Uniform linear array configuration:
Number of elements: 64
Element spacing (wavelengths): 0.25
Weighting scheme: hann
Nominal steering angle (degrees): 45
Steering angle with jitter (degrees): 43.878
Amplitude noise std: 0.05
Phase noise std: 0.05

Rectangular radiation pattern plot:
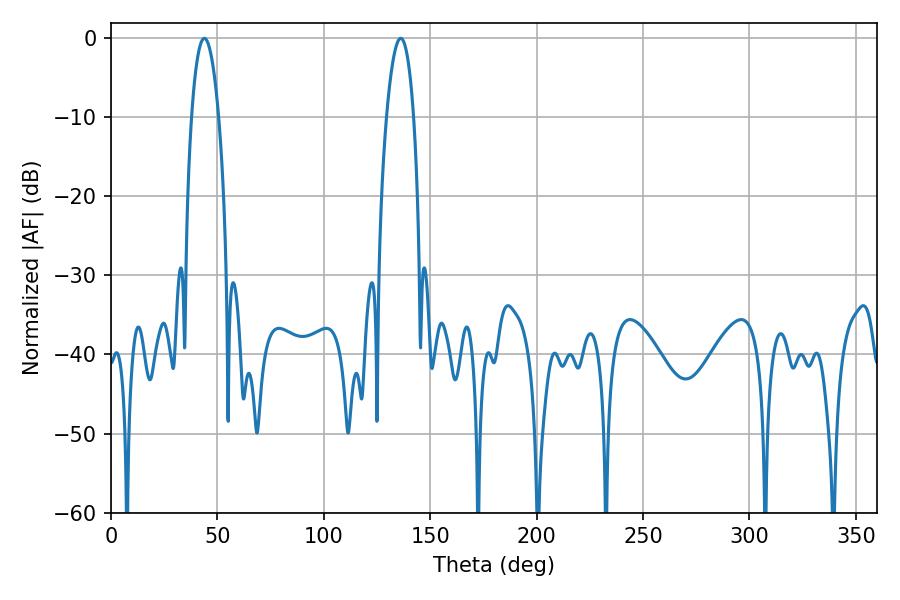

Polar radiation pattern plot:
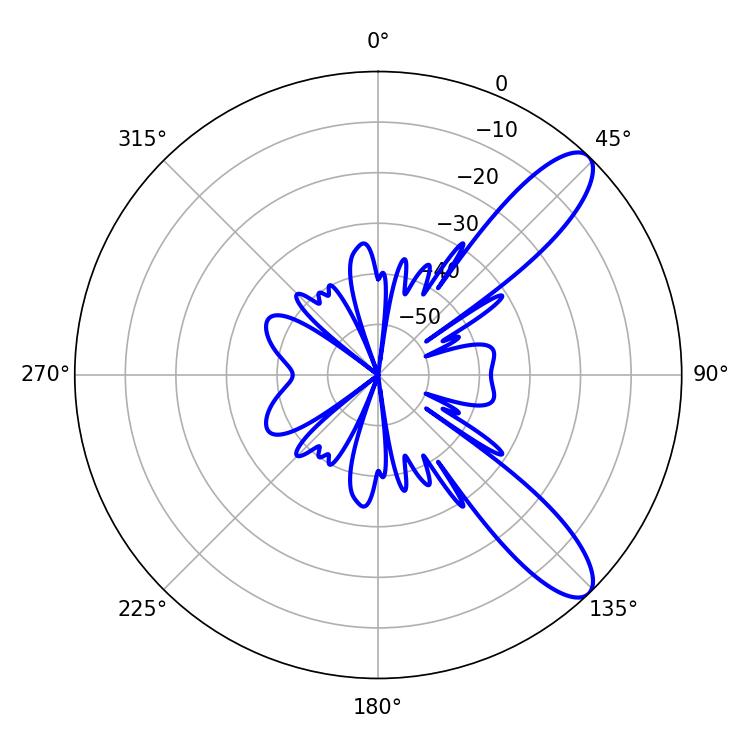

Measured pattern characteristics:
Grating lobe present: FALSE
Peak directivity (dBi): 10.362
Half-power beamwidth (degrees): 7.02
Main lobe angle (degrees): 43.92